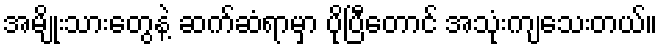
အမျိုးသားတွေနဲ့ ဆက်ဆံရာမှာ ပိုပြီတောင် အသုံးကျသေးတယ်။